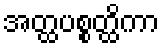
အတ္ထပစ္စတ္ထိကာ